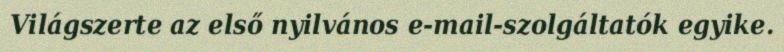
Világszerte az első nyilvános e-mail-szolgáltatók egyike.